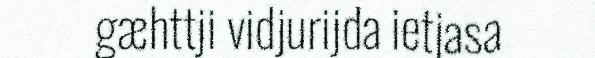
gæhttji vidjurijda ietjasa